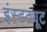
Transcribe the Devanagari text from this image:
इंस्‍टट्यूट